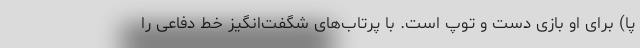
پا) برای او بازی دست و توپ است. با پرتاب‌های شگفت‌انگیز خط دفاعی را